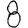
Digit: 8